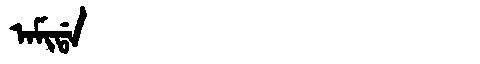
Manchu: ᠠᠮᡳᡩᠠ
Romanization: AMIDA